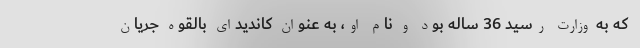
كه به وزارت رسيد 36 ساله بود و نام او، به عنوان كانديداي بالقوه جريان